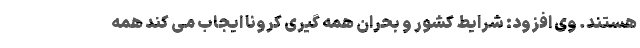
هستند. وی افزود: شرایط کشور و بحران همه گیری کرونا ایجاب می کند همه